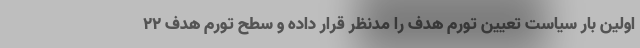
اولین بار سیاست تعیین تورم هدف را مدنظر قرار داده و سطح تورم هدف ۲۲